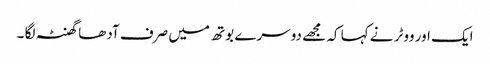
ایک اور ووٹر نے کہا کہ مجھے دوسرے بوتھ میں صرف آدھا گھنٹہ لگا ۔